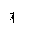
Letter: _alif